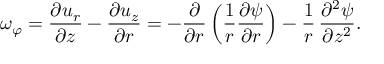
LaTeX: \omega _ { \varphi } = { \frac { \partial u _ { r } } { \partial z } } - { \frac { \partial u _ { z } } { \partial r } } = - { \frac { \partial } { \partial r } } \left( { \frac { 1 } { r } } { \frac { \partial \psi } { \partial r } } \right) - { \frac { 1 } { r } } \, { \frac { \partial ^ { 2 } \psi } { \partial z ^ { 2 } } } .